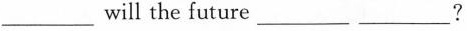
___will the future ___ ___?